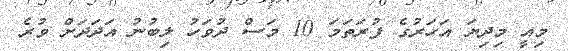
މިއީ މިދިޔަ އަހަރުގެ ފުރަތަމަ 10 މަސް ދުވަހު ލިބުނު އަދަދަށް ވުރެ